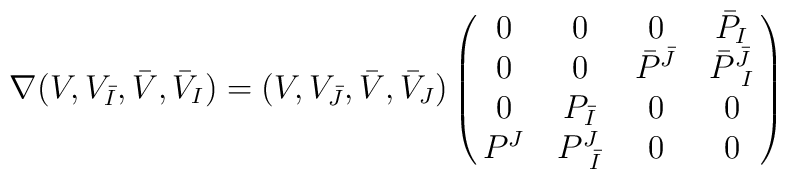
\nabla (V , V_{\bar I} , \bar V ,  \bar V_I ) =  (V , V_{\bar J} , \bar V , \bar V_J )  \pmatrix{0& 0 & 0 & \bar P_{I} \cr0 & 0 & \bar P^{\bar J} & \bar P^{\bar J}_{\ I} \cr 0 &  P_{\bar I} & 0 & 0 \cr  P^J & P^J_{\ \bar I} & 0 & 0 \cr}